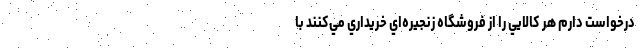
درخواست دارم هر كالايي را از فروشگاه زنجيره‌اي خريداري مي‌كنند با